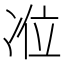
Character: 𭂏